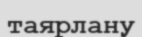
таярлану